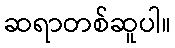
ဆရာတစ်ဆူပါ။